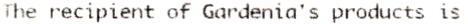
THE RECIPIENT OF GARDENIA'S PRODUCTS IS